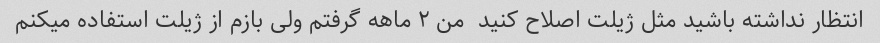
انتظار نداشته باشید مثل ژیلت اصلاح کنید  من ۲ ماهه گرفتم ولی بازم از ژیلت استفاده میکنم